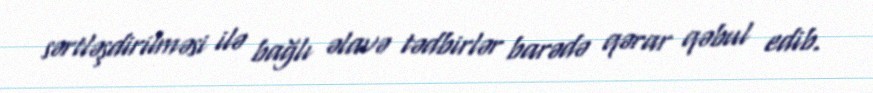
sərtləşdirilməsi ilə bağlı əlavə tədbirlər barədə qərar qəbul edib.